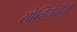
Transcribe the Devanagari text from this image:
सोव्हियेतीची